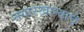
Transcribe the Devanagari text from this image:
नगारखान्याचे